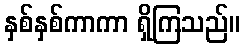
နှစ်နှစ်ကာကာ ရှိကြသည်။